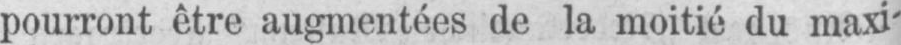
pourront être augmentées de la moitié du maxi-